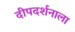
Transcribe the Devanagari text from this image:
दीपदर्शनाला